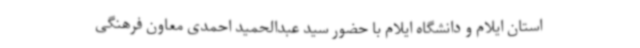
استان ایلام و دانشگاه ایلام با حضور سید عبدالحمید احمدی معاون فرهنگی